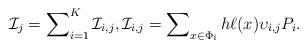
LaTeX: \begin{align*}\mathcal I_{j} = \sum\nolimits_{i=1}^{K} \mathcal I_{i,j},\mathcal I_{i,j}=\sum\nolimits_{x \in \Phi_i} h \ell{(x)}\upsilon_{i,j} P_i.\end{align*}